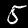
Label: 5